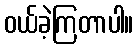
ဝယ်ခဲ့ကြတာပါ။